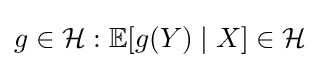
g\in {\mathcal {H}}:\mathbb {E} [g(Y)\mid X]\in {\mathcal {H}}